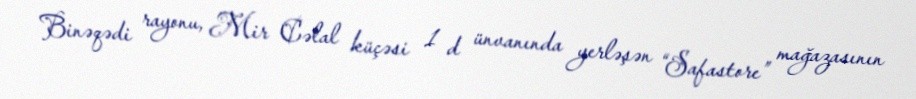
Binəqədi rayonu, Mir Cəlal küçəsi 1 d ünvanında yerləşən “Safastore” mağazasının